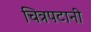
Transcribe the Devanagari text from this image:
चित्रपटानी